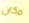
مكان